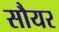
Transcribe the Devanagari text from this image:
सौयर